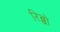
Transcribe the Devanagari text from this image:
रिब्बो